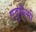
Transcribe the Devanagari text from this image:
एदृथैल्मी